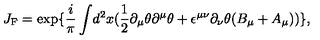
J _ { \mathrm { { F } } } = \exp \{ \frac { i } { \pi } \int \! d ^ { 2 } x ( \frac { 1 } { 2 } \partial _ { \mu } \theta \partial ^ { \mu } \theta + \epsilon ^ { \mu \nu } \partial _ { \nu } \theta ( B _ { \mu } + A _ { \mu } ) ) \} ,